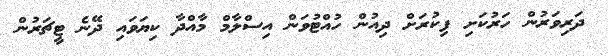
ދަރިވަރުން ހަރުކަށި ފިކުރަށް ދިއުން ހުއްޓުވަން އިސްލާމް މާއްދާ ކިޔަވައި ދޭނެ ޓީޗަރުން